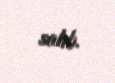
salıb.